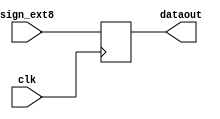
module offset(sign_ext8,dataout,clk);
input [15:0] sign_ext8;
input clk;
output [15:0] dataout;
reg [15:0] dataout;
always @ (posedge clk)
begin
dataout=sign_ext8;
$display("At this posedge register B=%h",dataout);
end
endmodule